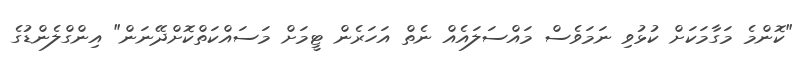
"ކޮންމެ މަގާމަކަށް ކުޅުވި ނަމަވެސް މައްސަލައެއް ނެތް އަހަރެން ޓީމަށް މަސައްކަތްކޮށްދޭނަން" އިންގްލެންޑުގެ